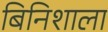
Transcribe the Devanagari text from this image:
बिनिशाला